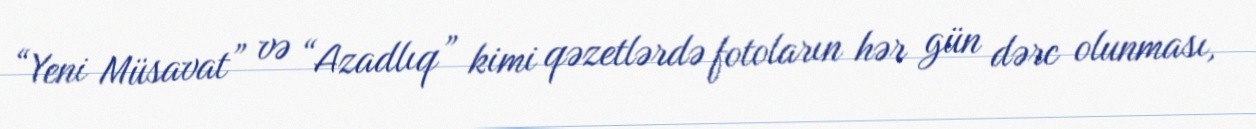
“Yeni Müsavat” və “Azadlıq” kimi qəzetlərdə fotoların hər gün dərc olunması,